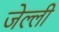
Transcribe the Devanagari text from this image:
जेल्ली